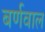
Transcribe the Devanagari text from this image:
बर्णवाल